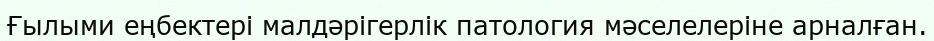
Ғылыми еңбектері малдәрігерлік патология мәселелеріне арналған.